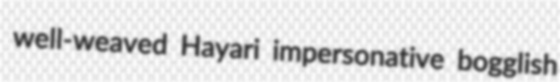
well-weaved Hayari impersonative bogglish